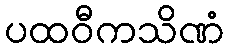
ပထဝီကသိဏံ